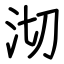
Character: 沏